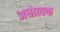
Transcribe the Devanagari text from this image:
अधोत्वक